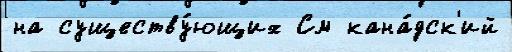
на существу́ющих См кана́дск'ий